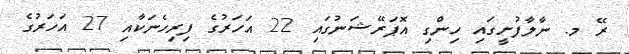
ރޭ މ. ނާލާފުށީގައި ހިންގި އޮޕަރޭޝަނުގައި 22 އަހަރުގެ ފިރިހެނަކާއި 27 އަހަރުގެ